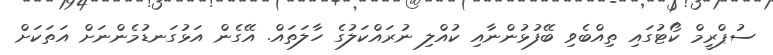
ސުޕްރީމް ކޯޓުގައި ތިއްބެވި ބޭފުޅުންނާއި ކުއްލި ނުރައްކަލުގެ ހާލަތައް. އޭގެން އަޅުގަނޑުމެންނަށް އަތަކަށް